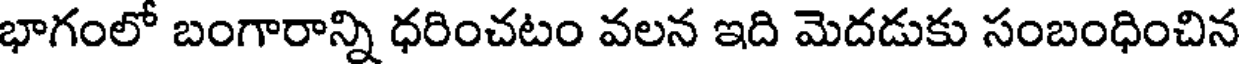
భాగంలో బంగారాన్ని ధరించటం వలన ఇది మెదడుకు సంబంధించిన